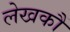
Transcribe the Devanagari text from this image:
लेखकौं